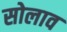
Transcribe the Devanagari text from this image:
सोलाव